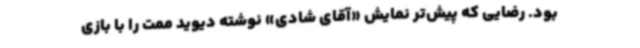
بود. رضایی که پیش‌تر نمایش «آقای شادی» نوشته دیوید ممت را با بازی